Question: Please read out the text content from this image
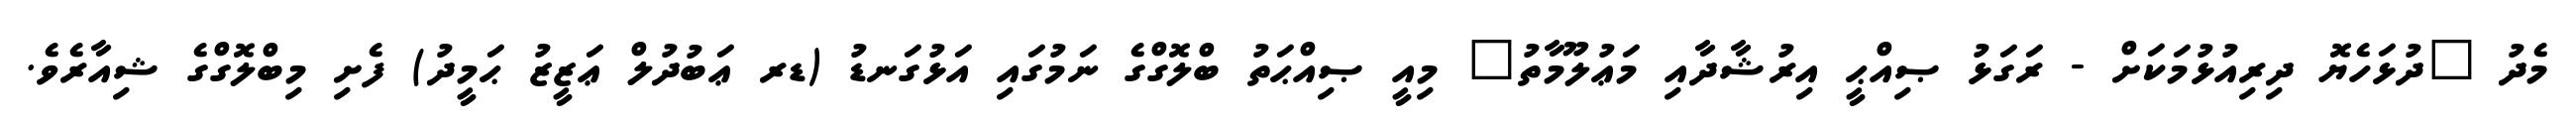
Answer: މެދު "ދުޅަހެޔޮ ދިރިއުޅުމަކަށް - ރަގަޅު ޞިއްޙީ އިރުޝާދާއި މަޢުލޫމާތު" މިއީ ޞިއްޙަތު ބްލޮގްގެ ނަމުގައި އަޅުގަނޑު (ޑރ ޢަބުދުލް ޢަޒީޒު ޙަމީދު) ފެށި މިބްލޮގްގެ ޝިއާރެވެ.